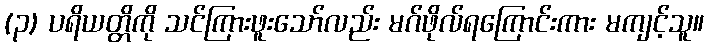
(၃) ပရိယတ္တိကို သင်ကြားဖူးသော်လည်း မဂ်ဖိုလ်ရကြောင်းကား မကျင့်သူ။